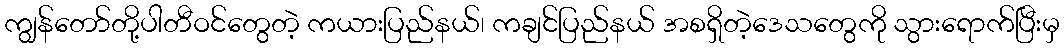
ကျွန်တော်တို့ပါတီဝင်တွေတဲ့ ကယားပြည်နယ်၊ ကချင်ပြည်နယ် အစရှိတဲ့ဒေသတွေကို သွားရောက်ပြီးမှ